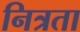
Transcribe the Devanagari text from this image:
नित्रता